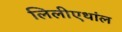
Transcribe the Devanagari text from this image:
लिलीएथांल